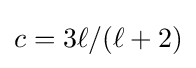
c=3\ell /(\ell +2)